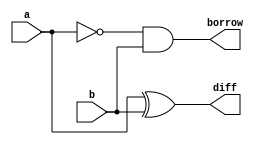
`timescale 1ns / 1ps
module half_subtractor(
    input a,
    input b,
    output reg diff,
    output reg borrow
    );
	 always@(*)
	 begin
	  diff=a^b;
	  borrow=(~a)&b;
	 end
 endmodule